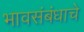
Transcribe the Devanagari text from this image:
भावसंबंधाचे